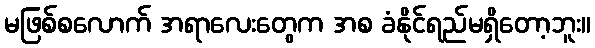
မဖြစ်စလောက် အရာလေးတွေက အစ ခံနိုင်ရည်မရှိတော့ဘူး။